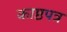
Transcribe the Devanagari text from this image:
काष्ठपत्र